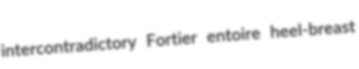
intercontradictory Fortier entoire heel-breast